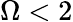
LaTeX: \Omega<2